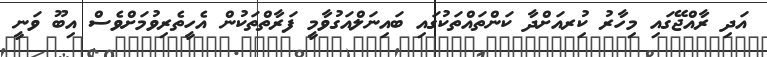
އަދި ރާއްޖޭގައި މިހާރު ކުިރއަށްދާ ކަންތައްތަކުގައި ބައިނަލްއަގުވާމީ ފަރާތްތަކުން އެހީތެރިވުމަށްވެސް އިބޫ ވަނީ